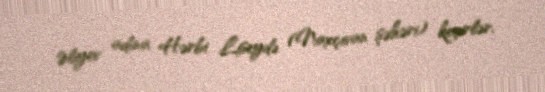
Əliyev adına Hərbi Liseydə (Naxçıvan şəhəri) keçirlər.